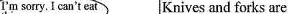
I'm sorry. I can't eat Knives and forks are